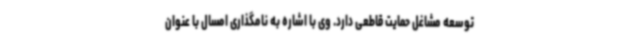
توسعه مشاغل حمایت قاطعی دارد. وی با اشاره به نامگذاری امسال با عنوان